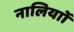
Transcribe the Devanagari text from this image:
नालियाों